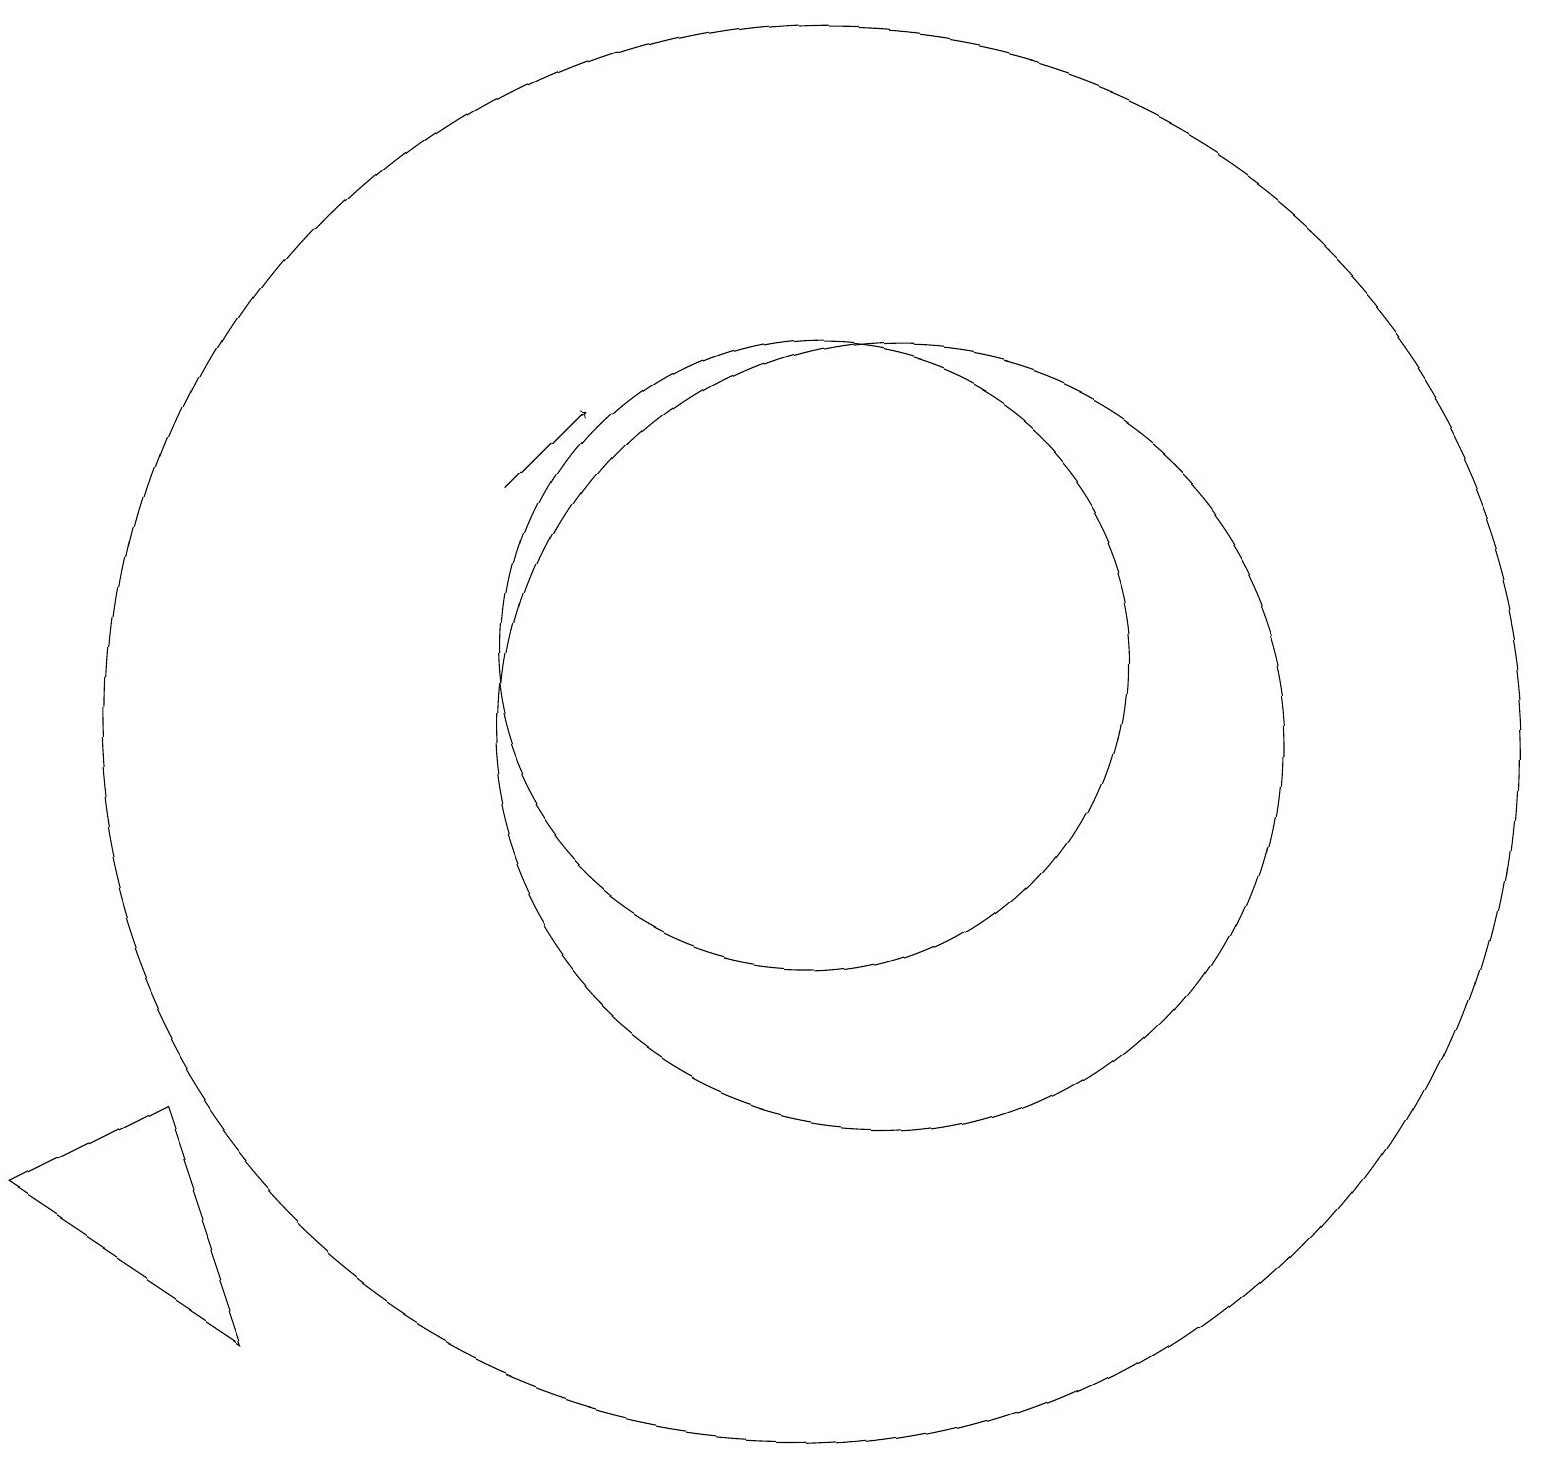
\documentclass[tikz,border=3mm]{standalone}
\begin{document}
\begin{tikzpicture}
\draw (0,4) -- (3,2) -- (2,5) -- cycle;
\draw[->] (6,13) -- (7,14);
\draw (10,10) circle (9);
\draw (11,10) circle (5);
\draw (10,11) circle (4);
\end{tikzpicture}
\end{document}